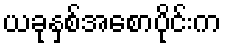
ယခုနှစ်အစောပိုင်းက